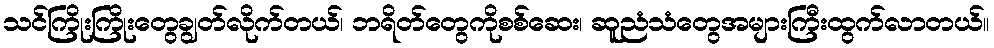
သင်ကြိုးကြိုးတွေချွတ်လိုက်တယ်၊ ဘရိတ်တွေကိုစစ်ဆေး၊ ဆူညံသံတွေအများကြီးထွက်လာတယ်။